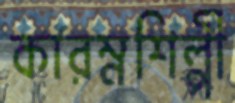
কারম্নশিল্পী